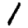
Digit: 1